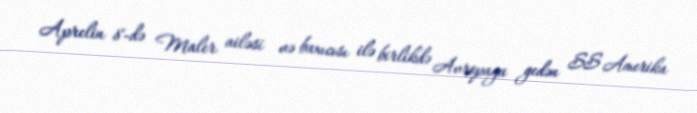
Aprelin 8-də Maler ailəsi və baxıcısı ilə birlikdə Avropaya gedən SS Amerika